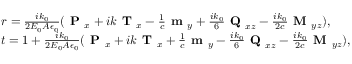
\begin{array} { r l } & { { r } = \frac { i k _ { 0 } } { 2 E _ { 0 } A \epsilon _ { 0 } } ( \textbf { P } _ { x } + i k \textbf { T } _ { x } - \frac { 1 } { c } \textbf { m } _ { y } + \frac { i k _ { 0 } } { 6 } \textbf { Q } _ { x z } - \frac { i k _ { 0 } } { 2 c } \textbf { M } _ { y z } ) , } \\ & { { t } = 1 + \frac { i k _ { 0 } } { 2 E _ { 0 } A \epsilon _ { 0 } } ( \textbf { P } _ { x } + i k \textbf { T } _ { x } + \frac { 1 } { c } \textbf { m } _ { y } - \frac { i k _ { 0 } } { 6 } \textbf { Q } _ { x z } - \frac { i k _ { 0 } } { 2 c } \textbf { M } _ { y z } ) , } \end{array}